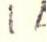
?